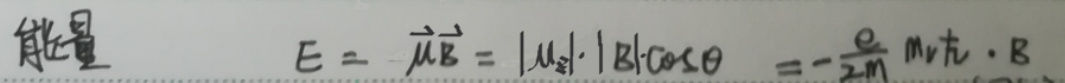
能量$\quad E = \vec{\mu}\vec{B}=|\mu_z|\cdot|\vec{B}|\cos\theta=-\frac{e}{2m}m_v\hbar\cdot B$